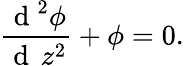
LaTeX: \frac{\mathrm{~d~}^{2}\phi}{\mathrm{~d~}\, z^{2}}+\phi=0.